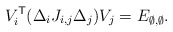
\begin{align*}V_i^{\mathsf{T}} (\Delta_i J_{i,j} \Delta_j) V_j = E_{\emptyset,\emptyset}.\end{align*}